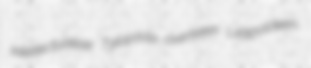
intellectualiser Tylopoda overteem Leopoldeen